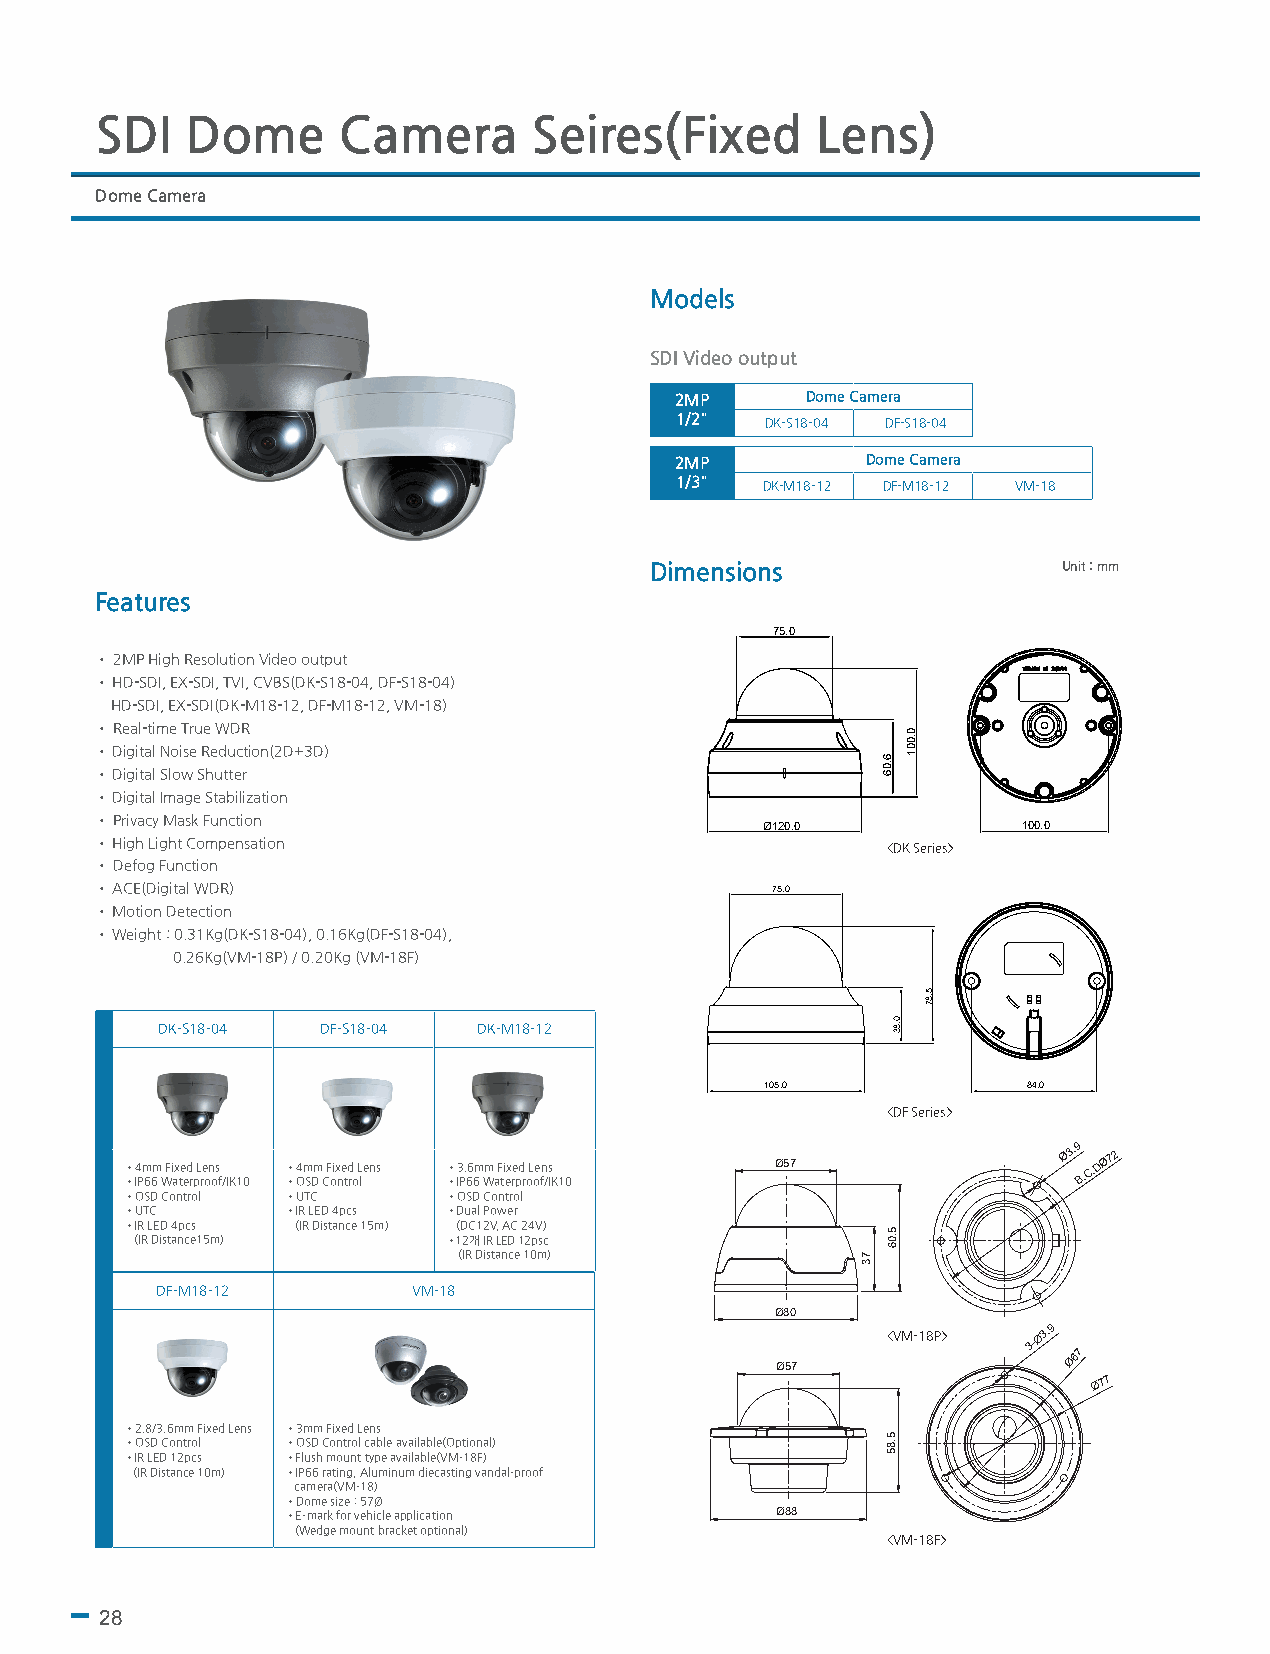
SDI   Dome      Camera       Seires(Fixed       Lens)
 Dome Camera
 Models
 SDI Video output
 2MP     Dome Camera
 1/2"  DK-S18-04 DF-S18-04
 2MP         Dome Camera
 1/3" DK-M18-12 DF-M18-12 VM-18
 Dimensions                 Unit : mm
 Features
 75.0
 • 2MP High Resolution Video output
 • HD-SDI, EX-SDI, TVI, CVBS(DK-S18-04, DF-S18-04)
 HD-SDI, EX-SDI(DK-M18-12, DF-M18-12, VM-18)
 • Real-time True WDR
 • Digital Noise Reduction(2D+3D)
 • Digital Slow Shutter
 • Digital Image Stabilization
 • Privacy Mask Function
 Ø120.0            100.0
 • High Light Compensation                            <DK Series>
 • Defog Function
 • ACE(Digital WDR)                           75.0
 • Motion Detection
 • Weight : 0.31Kg(DK-S18-04), 0.16Kg(DF-S18-04),
 0.26Kg(VM-18P) / 0.20Kg (VM-18F)
 DK-S18-04  DF-S18-04  DK-M18-12
 105.0            84.0
 <DF Series>
 • •4 IPm 66m
 W
 Fi ax te ed
 rp
 L re on os
 f/IK10
 • •4 Om SDm
 C
 F oix ne td
 ro
 L lens • •3 IP. 66 6m Wm
 a
 F ti ex re pd
 r
 oL oe fn /s
 IK10
 Ø57
 Ø3.9
 B.C.D
 Ø72
 •OSD Control •UTC     •OSD Control
 •UTC       •IR LED 4pcs •Dual Power
 •IR LED 4pcs (IR Distance 15m) (DC12V, AC 24V)
 (IR Distance15m)     •12개 IR LED 12psc
 (IR Distance 10m)
 DF-M18-12        VM-18
 Ø80
 <VM-18P>
 3-Ø3.9
 Ø57
 Ø67
 Ø77
 •2.8/3.6mm Fixed Lens •3mm Fixed Lens
 •OSD Control •OSD Control cable available(Optional)
 •IR LED 12pcs •Flush mount type available(VM-18F)
 (IR Distance 10m) •IP66 rating, Aluminum diecasting vandal-proof
 camera(VM-18)
 •Dome size : 57Ø
 •E-mark for vehicle application Ø88
 (Wedge mount bracket optional)
 <VM-18F>
 28
 73
 6.06
 0.83
 5.06
 5.85
 0.001
 5.87